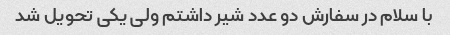
با سلام در سفارش دو عدد شیر داشتم ولی یکی تحویل شد